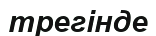
трегінде